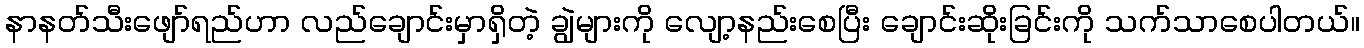
နာနတ်သီးဖျော်ရည်ဟာ လည်ချောင်းမှာရှိတဲ့ ချွဲများကို လျော့နည်းစေပြီး ချောင်းဆိုးခြင်းကို သက်သာစေပါတယ်။